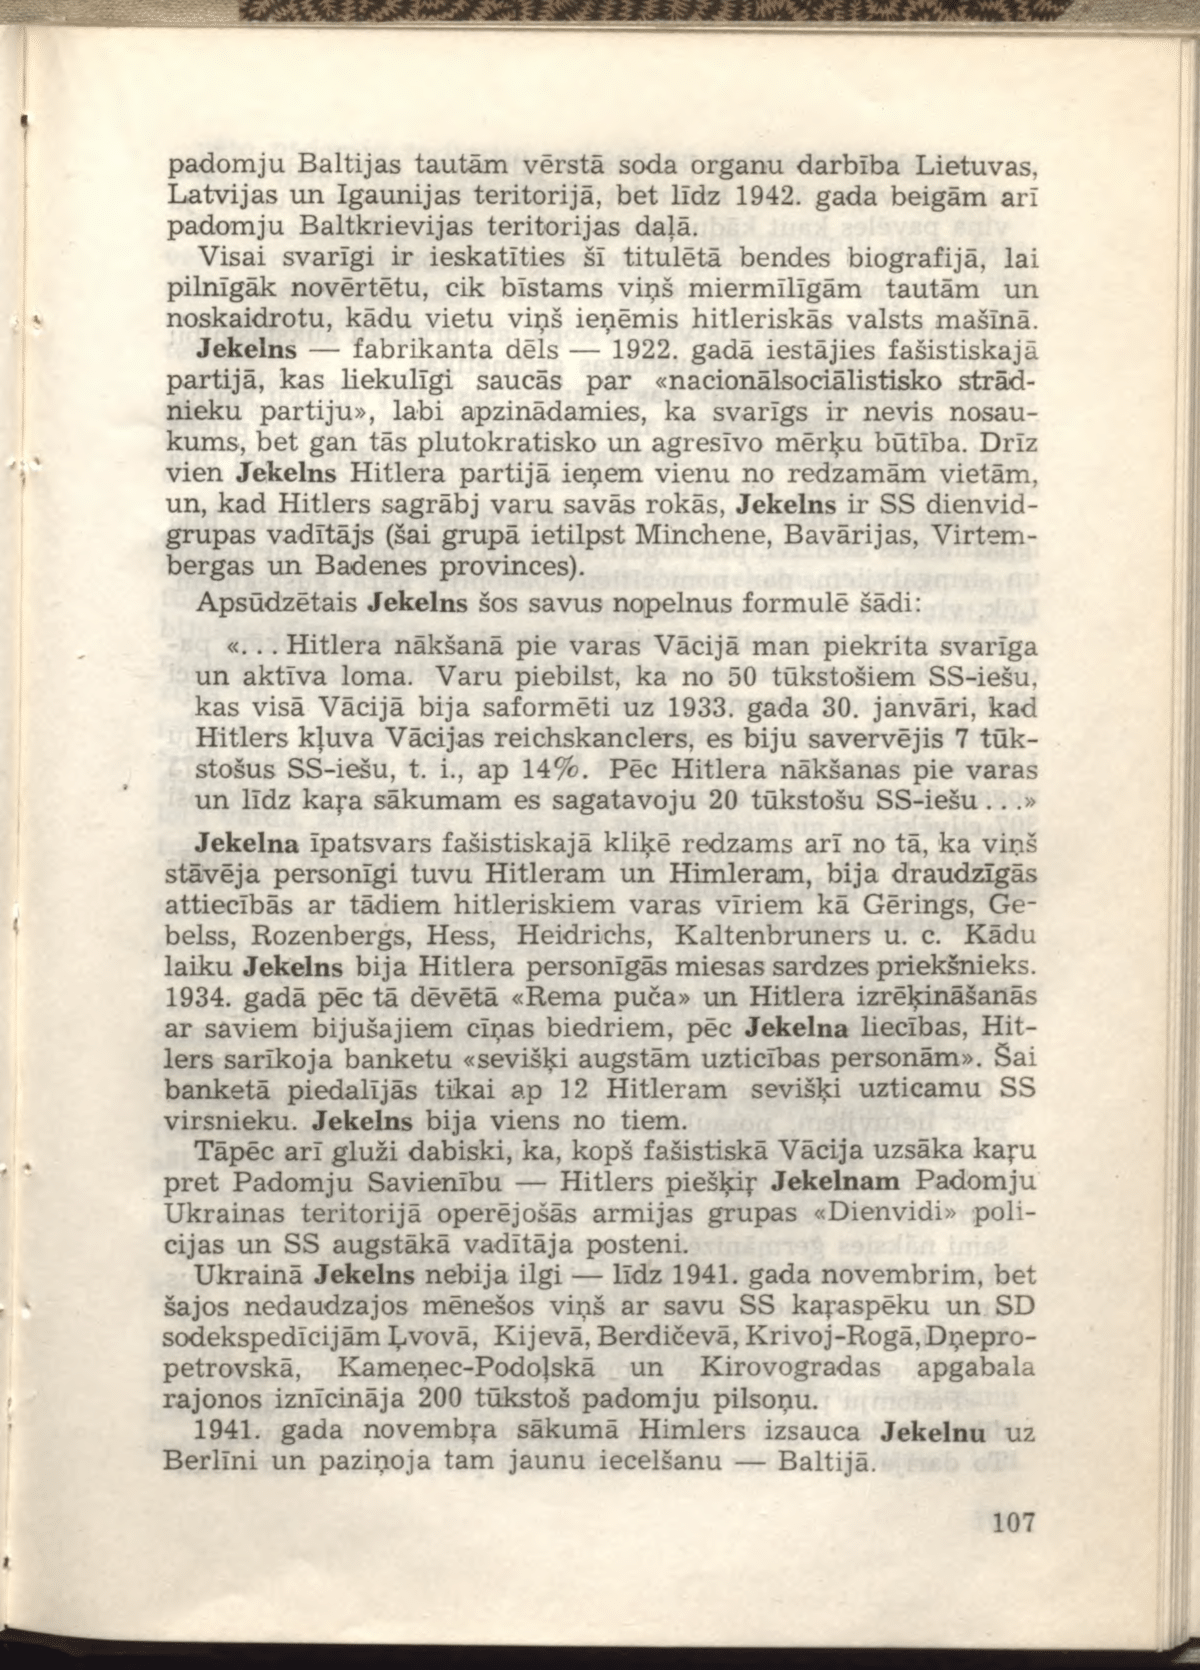
Language: lv